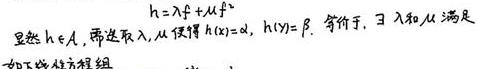
显然 $h \in \mathcal{H}$, 需选取 $\lambda, \mu$ 使得 $h(x)=\alpha, h(y)=\beta$. 等价于, $\exists \lambda$ 和 $\mu$ 满足
\[ h = \lambda f + \mu f' \]